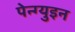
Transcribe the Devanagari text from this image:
पेन्ग्युइन